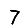
Digit: 7